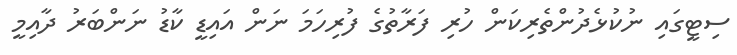
ސިޓީގައި ނުކުޅެދުންތެރިކަން ހުރި ފަރާތުގެ ފުރިހަމަ ނަން އައިޑީ ކާޑު ނަންބަރު ދާއިމީ